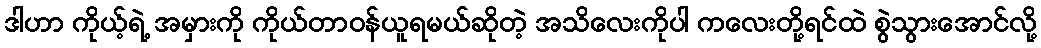
ဒါဟာ ကိုယ့်ရဲ့ အမှားကို ကိုယ်တာဝန်ယူရမယ်ဆိုတဲ့ အသိလေးကိုပါ ကလေးတို့ရင်ထဲ စွဲသွားအောင်လို့